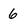
Character: 6